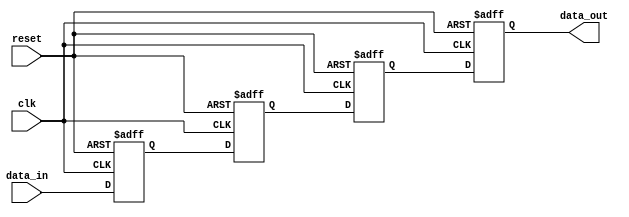
module four_flop_synchronizer (
    input wire clk,          // clock signal
    input wire reset,        // reset signal
    input wire data_in,      // input data signal
    output reg data_out      // synchronized output data signal
);

reg [3:0] ff1, ff2, ff3, ff4; // flip-flops

always @(posedge clk or posedge reset) begin
    if (reset) begin
        ff1 <= 1'b0;
        ff2 <= 1'b0;
        ff3 <= 1'b0;
        ff4 <= 1'b0;
    end else begin
        ff1 <= data_in;
        ff2 <= ff1;
        ff3 <= ff2;
        ff4 <= ff3;
    end
end

assign data_out = ff4;

endmodule